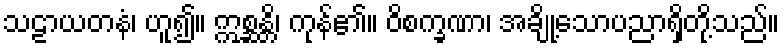
သဠာယတနံ၊ ဟူ၍။ ဣစ္ဆန္တိ၊ ကုန်၏။ ဝိစက္ခဏာ၊ အချို့သောပညာရှိတို့သည်။